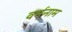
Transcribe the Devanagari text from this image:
वर्मनाम